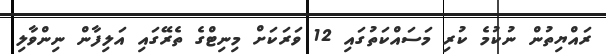
ރައްޔިތުން ނުކުމެ ކުރި މަސައްކަތުގައި 12 ވަރަކަށް މިނިޓްގެ ތެރޭގައި އަލިފާން ނިންވާލި